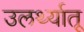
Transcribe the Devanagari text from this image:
उलर्थ्यातू